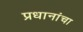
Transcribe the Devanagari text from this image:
प्रधानांचा